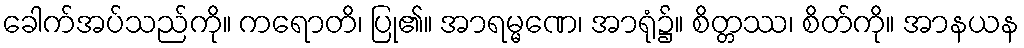
ခေါက်အပ်သည်ကို။ ကရောတိ၊ ပြု၏။ အာရမ္မဏေ၊ အာရုံ၌။ စိတ္တဿ၊ စိတ်ကို။ အာနယန